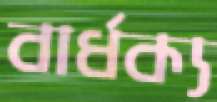
বার্ধক্য